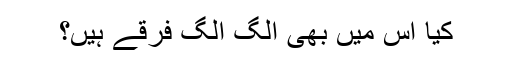
کیا اس میں بھی الگ الگ فرقے ہیں؟